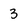
Character: 3